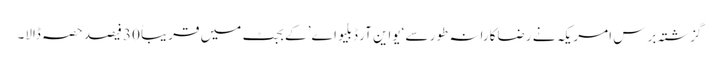
گزشتہ برس امریکہ نے رضاکارانہ طور سے ‘یواین آر ڈبلیو اے’ کے بجٹ میں قریباً 30 فیصد حصہ ڈالا۔